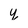
Character: y